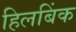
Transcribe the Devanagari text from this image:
हिलबिंक